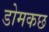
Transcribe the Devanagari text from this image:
डोमकछ